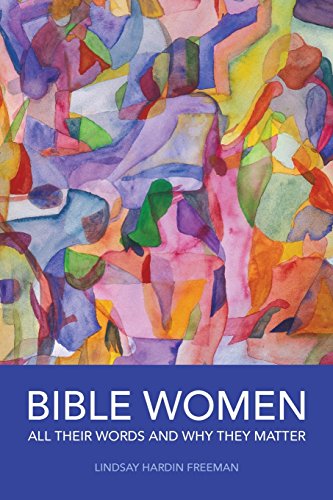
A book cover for Bible Women: All Their Words and Why They Matter; Lindsay Hardin Freeman; Christian Books & Bibles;